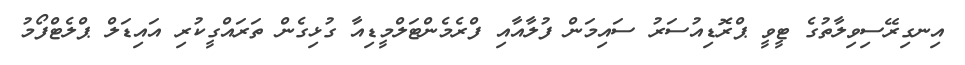
އިނގިރޭސިވިލާތުގެ ޓީވީ ޕްރޮޑިއުސަރު ސައިމަން ފުލާއާއި ފްރެމެންޓަލްމީޑިއާ ގުޅިގެން ތަރައްގީކުރި އައިޑަލް ޕްލެޓްފޯމު